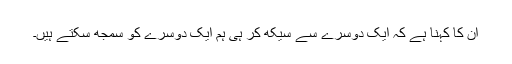
ان کا کہنا ہے کہ ایک دوسرے سے سیکھ کر ہی ہم ایک دوسرے کو سمجھ سکتے ہیں۔